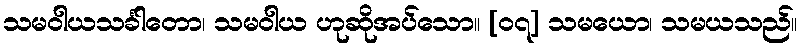
သမဝါယသင်္ခါတော၊ သမဝါယ ဟုဆိုအပ်သော။ [၀၇] သမယော၊ သမယသည်။